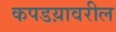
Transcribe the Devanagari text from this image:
कपडय़ावरील